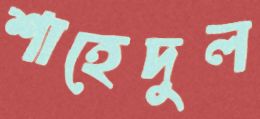
শাহেদুল